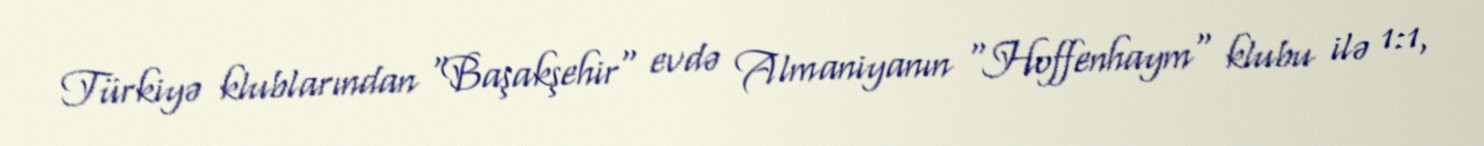
Türkiyə klublarından "Başakşehir" evdə Almaniyanın "Hoffenhaym" klubu ilə 1:1,